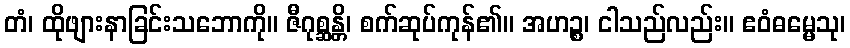
တံ၊ ထိုဖျားနာခြင်းသဘောကို။ ဇီဂုစ္ဆန္တိ၊ စက်ဆုပ်ကုန်၏။ အဟဉ္စ၊ ငါသည်လည်း။ ဧဝံဓမ္မေသု၊